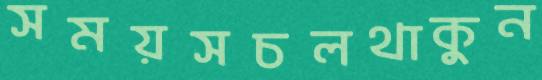
সময়সচলথাকুন